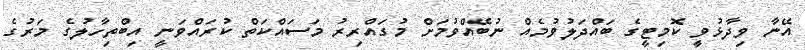
އޭނާ ވިދާޅުވީ ކޮމިޓީގެ ބައްދަލުވުމެއް ނުބޭއްވުމަށް މުގައްރިރު މަސައްކަތް ކުރައްވަނީ އިބްތިހާލުގެ މަރުގެ